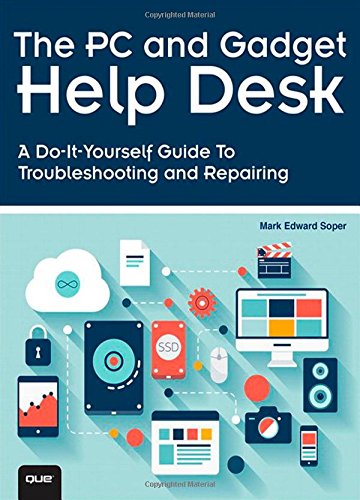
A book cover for The PC and Gadget Help Desk: A Do-It-Yourself Guide To Troubleshooting and Repairing; Mark Edward Soper; Computers & Technology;